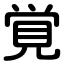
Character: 覚